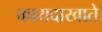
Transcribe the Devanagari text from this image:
कायदाखाते